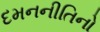
દમનનીતિનો